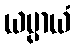
ယမ္ပာယံ